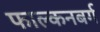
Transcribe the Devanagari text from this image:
फाल्कनबर्ग